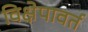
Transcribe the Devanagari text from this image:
विक्षेपावर्त